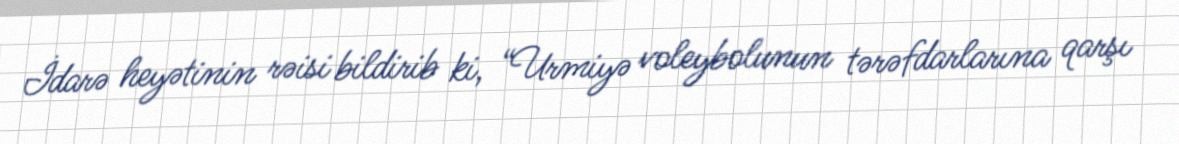
İdarə heyətinin rəisi bildirib ki, “Urmiyə voleybolunun tərəfdarlarına qarşı